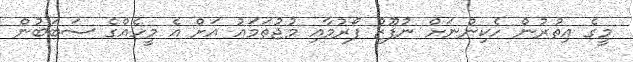
މީގެ އިތުރުން ހެކިންނަށް ނުފޫޒު ފޯރުމާއި މުޖުތަމައު އަށް އެ މީހެއްގެ ސަބަބުން